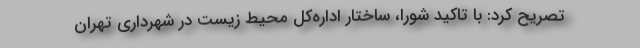
تصریح کرد: با تاکید شورا، ساختار اداره‌کل محیط زیست در شهرداری تهران